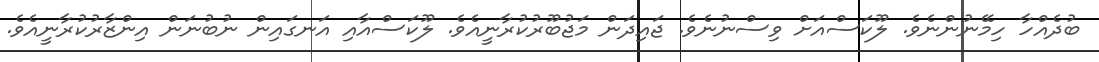
ބުދެއްހާ ހިމޭނުންނެވެ. ލޫކަސްއަށް ވިސްނުނެވެ. ޖައިދަން މަޖުބޫރުކުރާނީއެވެ. ލޫކަސްއާއި އަނގައިން ނުބުނަން އިންޒާރުކުރާނީއެވެ.